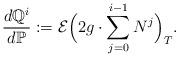
LaTeX: \begin{align*}\frac{d\mathbb{Q}^i}{d\mathbb{P}}: = \mathcal{E}\Big(2g\cdot \sum_{j=0}^{i-1}N^j\Big)_T.\end{align*}